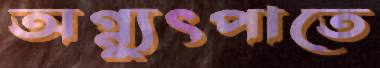
অগ্ন্যুৎপাতে